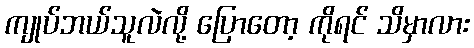
ကျုပ်ဘယ်သူလဲလို့ ပြောတော့ ကိုရင် သိမှာလား